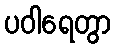
ပဝါရေတွာ